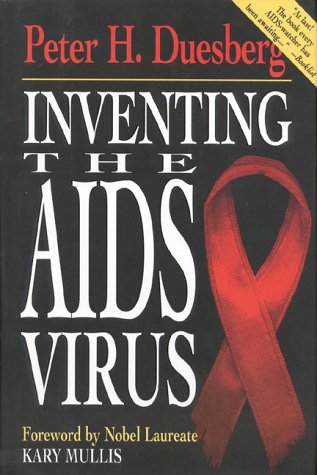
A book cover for Inventing the AIDS Virus; Peter Duesberg; Health, Fitness & Dieting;